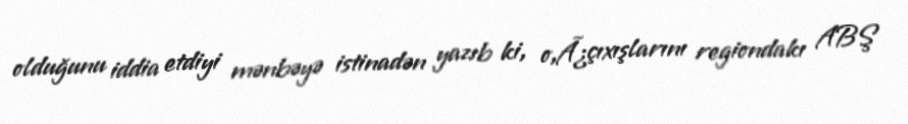
olduğunu iddia etdiyi mənbəyə istinadən yazıb ki, o,Ã¿çıxışlarını regiondakı ABŞ